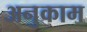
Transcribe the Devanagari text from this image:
अनुकाम